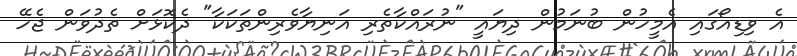
އެ ވިޑިއޯގައި އެމީހުން ބުނަމުން ދިޔައީ "ނުރައްކާތެރި އަނިޔާވެރިންތަކަކާ" ދެކޮޅަށް ތެދުވަން ޖެހޭ